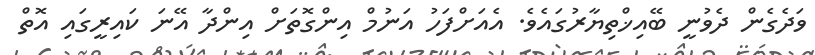
ވަދެގެން ދެވުނީ ބޭއިޚްތިޔާރުގައެވެ. އެއަށްފަހު އަނުމް އިންގޮތަށް އިންދާ އޭނަ ކައިރީގައި އޮތް